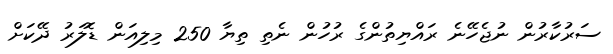
ސަރުކާރުން ނުޖެހޭނެ ރައްޔިތުންގެ ރުހުން ނެތި ތިޔާ 250 މިލިއަން ޑޮލަރު ދޭކަށް